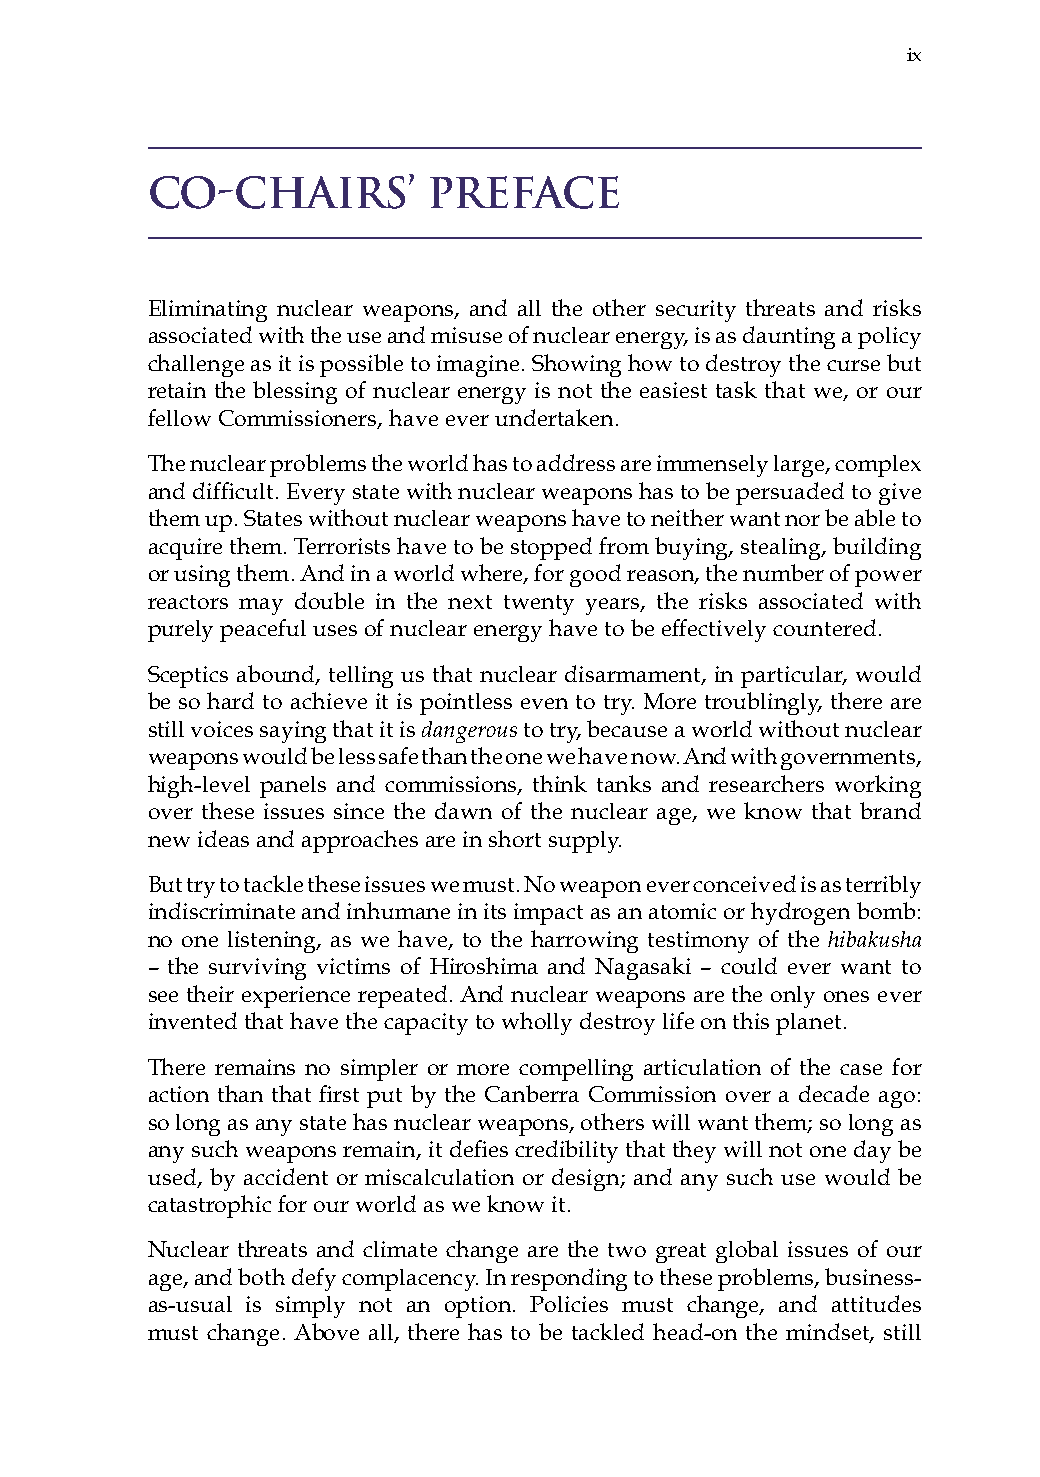
ix
 Co-Chairs’        Preface
 Eliminating nuclear weapons, and all the other security threats and risks
 associated with the use and misuse of nuclear energy, is as daunting a policy
 challenge as it is possible to imagine. showing how to destroy the curse but
 retain the blessing of nuclear energy is not the easiest task that we, or our
 fellow Commissioners, have ever undertaken.
 The nuclear problems the world has to address are immensely large, complex
 and difficult. Every state with nuclear weapons has to be persuaded to give
 them up. states without nuclear weapons have to neither want nor be able to
 acquire them. Terrorists have to be stopped from buying, stealing, building
 or using them. and in a world where, for good reason, the number of power
 reactors may double in the next twenty years, the risks associated with
 purely peaceful uses of nuclear energy have to be effectively countered.
 sceptics abound, telling us that nuclear disarmament, in particular, would
 be so hard to achieve it is pointless even to try. More troublingly, there are
 still voices saying that it is dangerous to try, because a world without nuclear
 weapons would be less safe than the one we have now. and with governments,
 high-level panels and commissions, think tanks and researchers working
 over these issues since the dawn of the nuclear age, we know that brand
 new ideas and approaches are in short supply.
 But try to tackle these issues we must. No weapon ever conceived is as terribly
 indiscriminate and inhumane in its impact as an atomic or hydrogen bomb:
 no one listening, as we have, to the harrowing testimony of the hibakusha
 – the surviving victims of hiroshima and Nagasaki – could ever want to
 see their experience repeated. and nuclear weapons are the only ones ever
 invented that have the capacity to wholly destroy life on this planet.
 There remains no simpler or more compelling articulation of the case for
 action than that first put by the Canberra Commission over a decade ago:
 so long as any state has nuclear weapons, others will want them; so long as
 any such weapons remain, it defies credibility that they will not one day be
 used, by accident or miscalculation or design; and any such use would be
 catastrophic for our world as we know it.
 Nuclear threats and climate change are the two great global issues of our
 age, and both defy complacency. in responding to these problems, business-
 as-usual is simply not an option. Policies must change, and attitudes
 must change. above all, there has to be tackled head-on the mindset, still